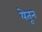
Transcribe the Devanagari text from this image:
येतून